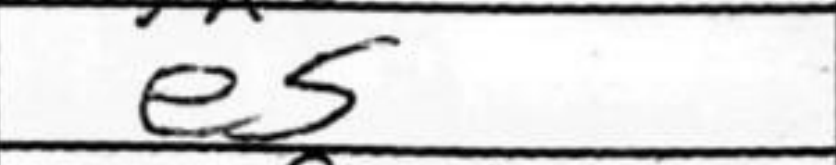
Transcription: e5